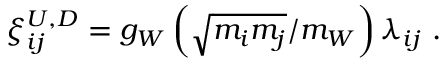
\xi _ { i j } ^ { U , D } = g _ { W } \left( { \sqrt { m _ { i } m _ { j } } } / m _ { W } \right) \lambda _ { i j } ~ .